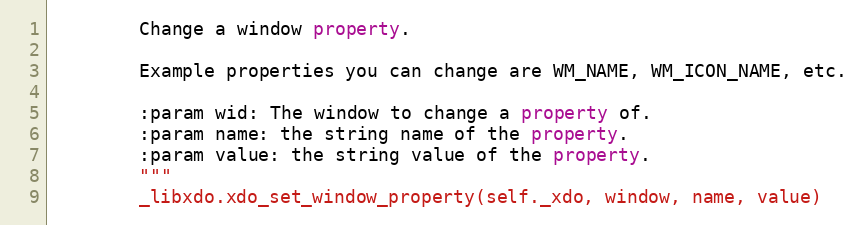
Language: Python
        Change a window property.

        Example properties you can change are WM_NAME, WM_ICON_NAME, etc.

        :param wid: The window to change a property of.
        :param name: the string name of the property.
        :param value: the string value of the property.
        """
        _libxdo.xdo_set_window_property(self._xdo, window, name, value)